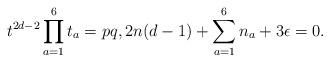
LaTeX: \begin{align*}t^{2d-2}\prod_{a=1}^6t_a=pq, 2n (d-1)+\sum_{a=1}^6n_a+3\epsilon=0.\end{align*}